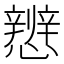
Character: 𪭀